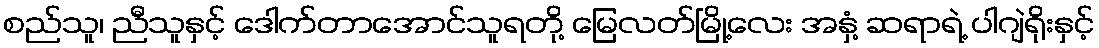
စည်သူ၊ ညီသူနှင့် ဒေါက်တာအောင်သူရတို့ မြေလတ်မြို့လေး အနှံ့ ဆရာရဲ့ ပါဂျဲရိုးနှင့်